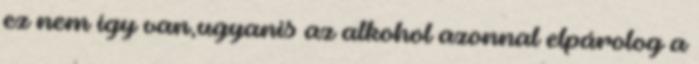
ez nem így van,ugyanis az alkohol azonnal elpárolog a